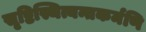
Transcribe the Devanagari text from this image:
सृष्टिस्थित्यन्तकर्मणि